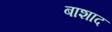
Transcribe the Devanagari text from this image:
बाशाद